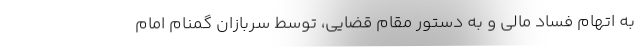
به اتهام فساد مالی و به دستور مقام قضایی، توسط سربازان گمنام امام